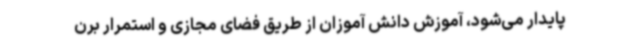
پایدار می‌شود، آموزش دانش آموزان از طریق فضای مجازی و استمرار برن